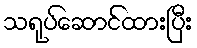
သရုပ်ဆောင်ထားပြီး